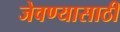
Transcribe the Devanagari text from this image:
जेवण्यासाठी